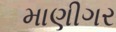
માણીગર